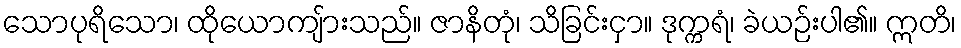
သောပုရိသော၊ ထိုယောကျ်ားသည်။ ဇာနိတုံ၊ သိခြင်းငှာ။ ဒုက္ကရံ၊ ခဲယဉ်းပါ၏။ ဣတိ၊